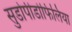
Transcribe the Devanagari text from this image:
सुडोपीडोफिलिया